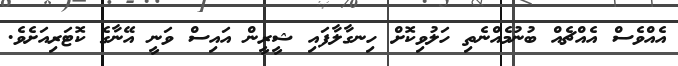
އެއްވެސް އެއްޗެއް ބުނުމެއްނެތި ހަލުވިކޮށް ހިނގާލާފައި ޝީރީން އައިސް ވަނީ އޭނާގެ ކޮޓަރިއަށެވެ.